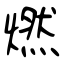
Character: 燃